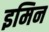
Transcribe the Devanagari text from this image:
इमिन